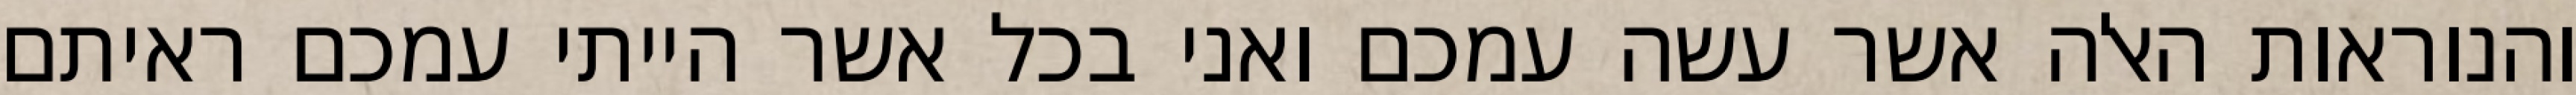
והנוראות האלה אשר עשה עמכם ואני בכל אשר הייתי עמכם ראיתם